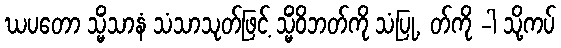
ဃပတော သ္မိံသာနံ သံသာသုတ်ဖြင့် သ္မိံဝိဘတ်ကို သံပြု, တ်ကို -ါ သို့ကပ်